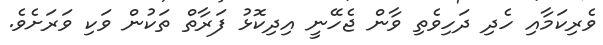
ވެރިކަމާއި ހެދި ދަހިވެތި ވާން ޖެހޭނީ އިދިކޮޅު ފަރާތް ތަކުން ވަކި ވަރަށެވެ.